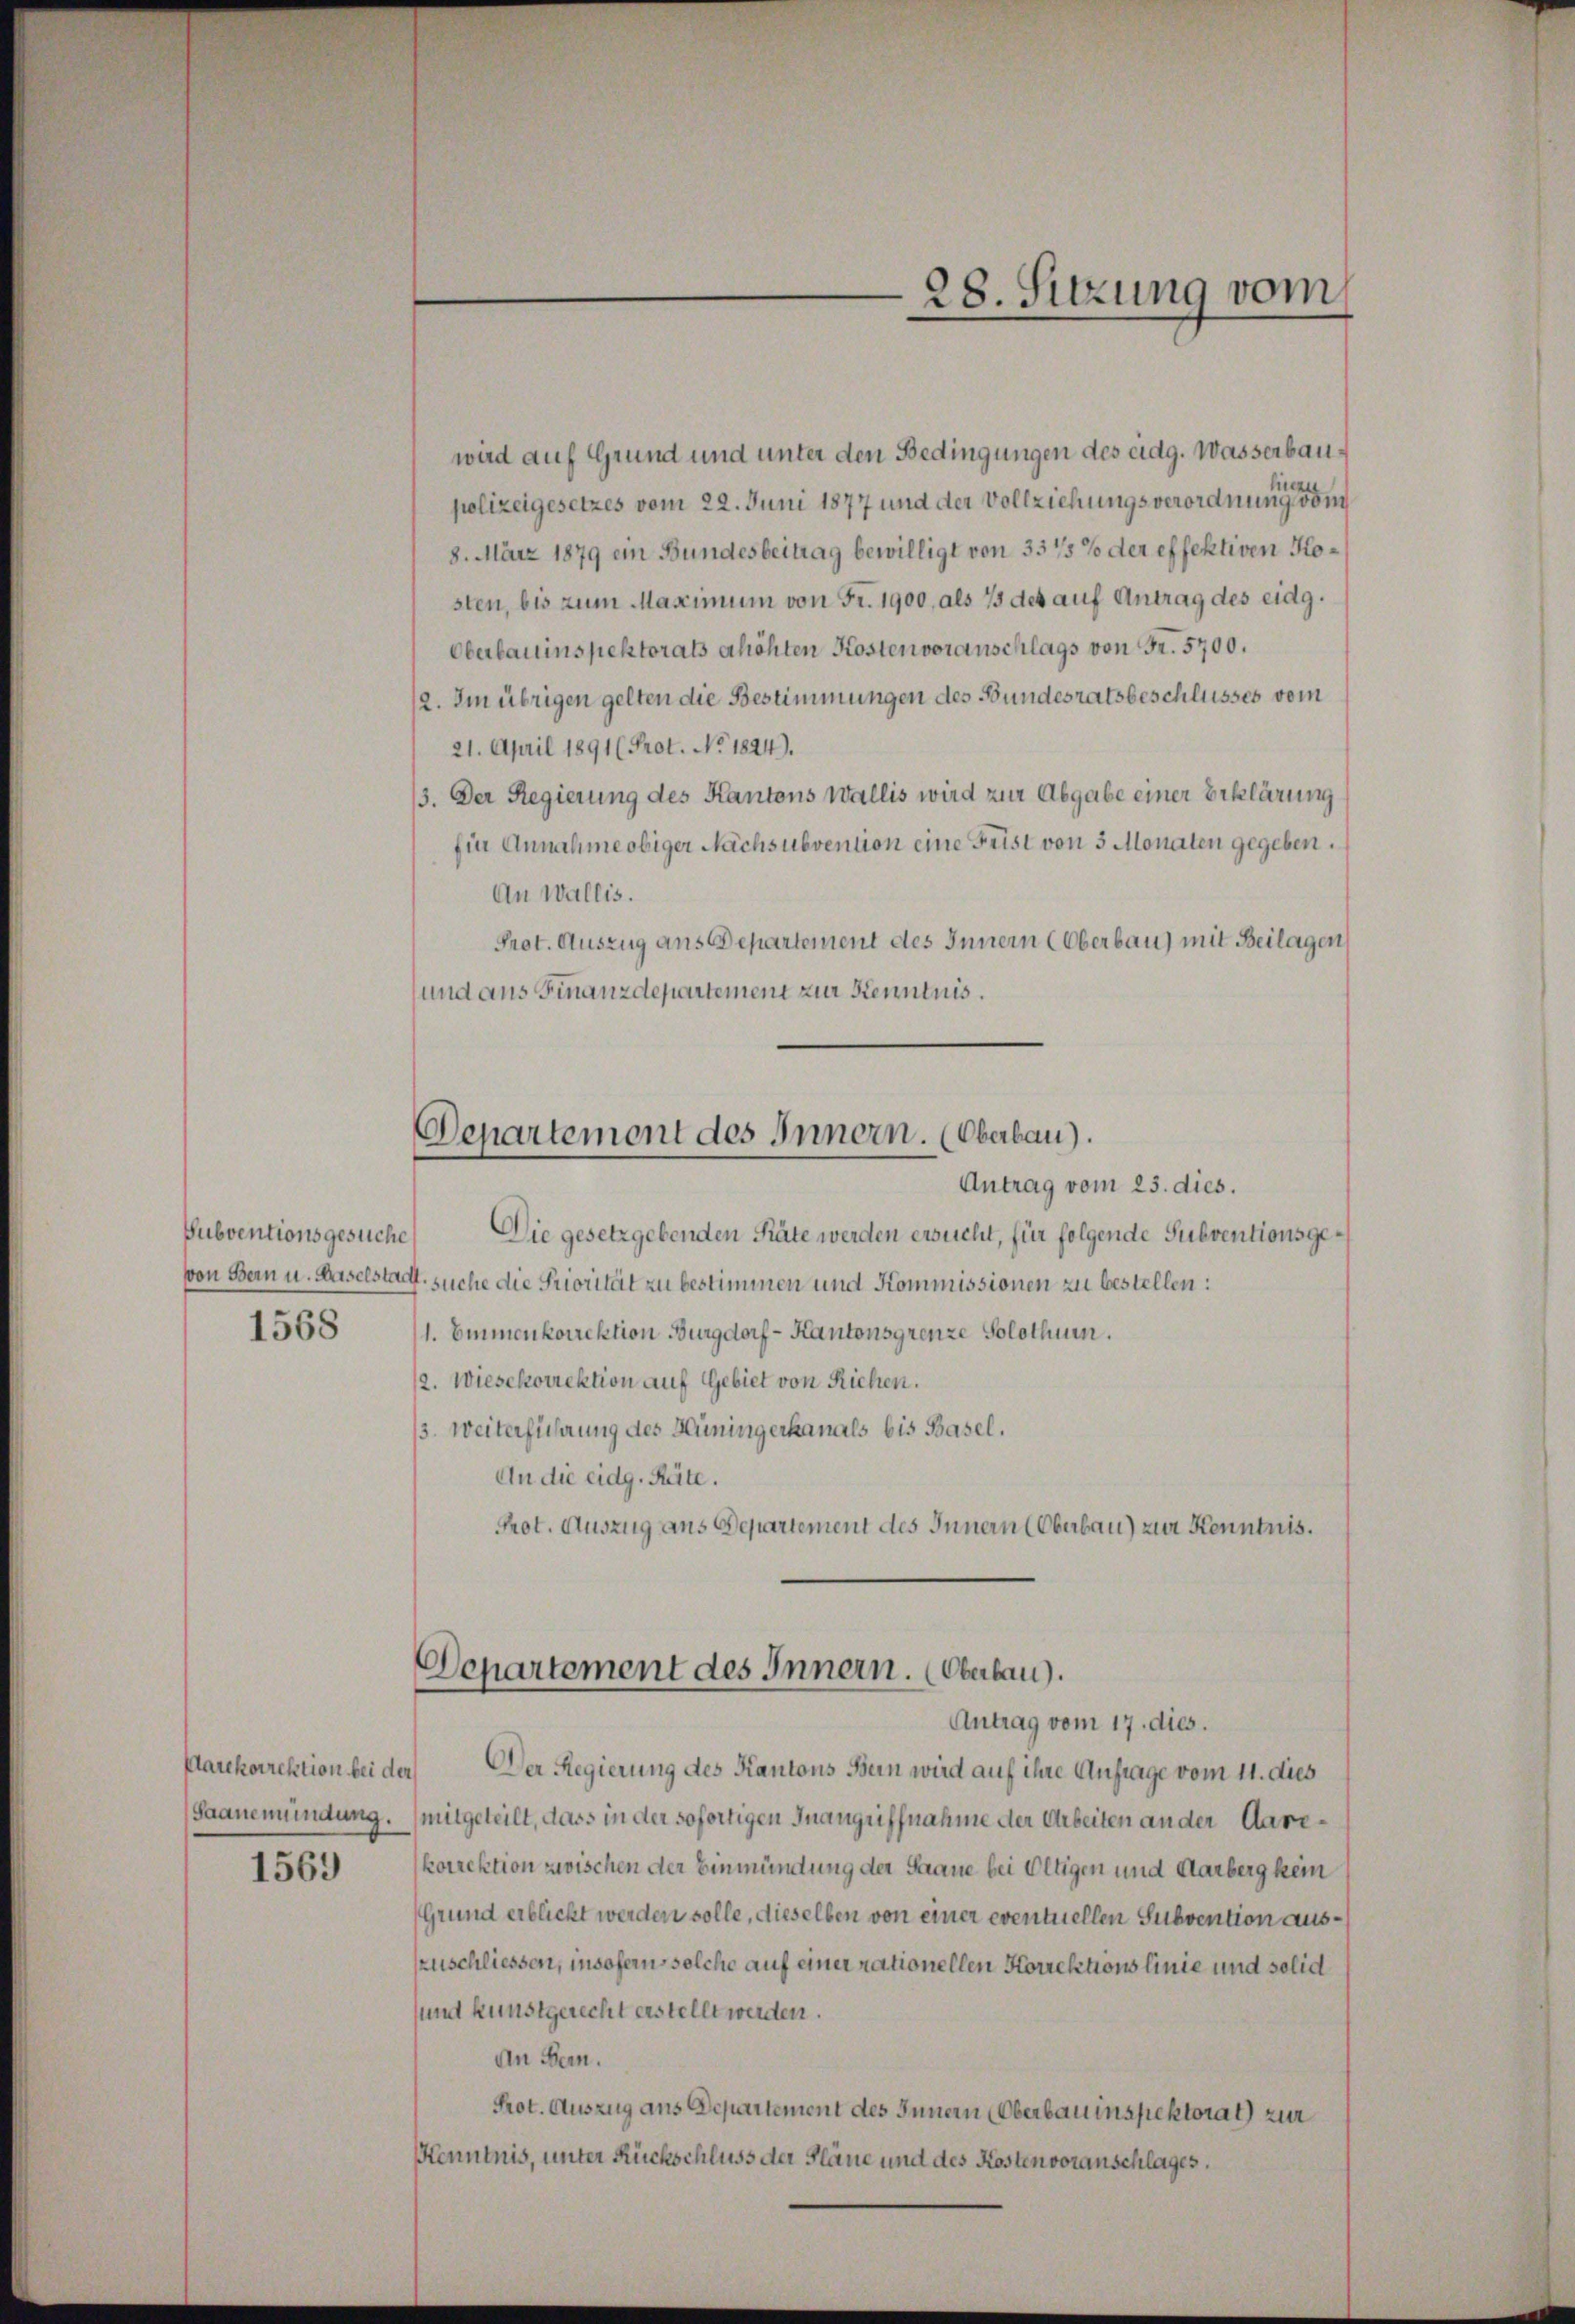
Subventionsgesuche
1568

Plarekorrektion bei der
(Saanemündung.

1569

Departement des Innern. (Oberbau).
Antrag vom 25. dies.

wird auf Grund und unter den Bedingungen des eidg. Wasserbaulis
polizeigesetzes vom 22. Juni 1877 und der Vollziehungsverordnung von
8. März 1879 ein Bundesbeitrag bewilligt von 337/5% der effektiven Kosten, bis zum Maximum von Fr. 1900 als 73 des auf Antrag des eidg.
Oberbauinspektorats erhöhten Kosten voranschlags von Fr. 5700.
2. Im übrigen gelten die Bestimmungen des Bundesratsbeschlüsses vom
21. April 1891 (Prot. No. 1824).
13. Der Regierung des Kantons Wallis wird zur Abgabe einer Erklärung
für Annahme obiger Nachsubvention eine Frist von 3 Monaten gegeben.
An Wallis.
Prot. Auszug aus Departement des Innern (Oberbau) mit Beilagen
und aus Finanzdepartement zur Kenntnis.
Die gesetzgebenden Räte werden ersucht, für folgende Subventionsgevon Bern u. Haselstadt, suche die Priorität zu bestimmen und Kommissionen zu bestellen:
1. Emmenkorrektion Burgdorf - Kantonsgrenze Solothum.
12. Wiesekorrektion auf Gebiet von Riehen.
3. Weiterführung des Hüningerkanals bis Basel.
An die eidg. Räte.
Prot. Auszug aus Departement des Innern (Oberbau) zur Kenntnis.
Departement des Innern. (Oberlau).
Antrag vom 17. dies.
Der Regierung des Kantons Bern wird auf ihre Anfrage vom 11. dies
mitgeteilt, dass in der sofortigen Inangriffnahme der Arbeiten an der Aarekorrektion zwischen der Einmündung der Saane bei Oltigen und Aarberg kein
Grund erblickt werden solle, dieselben von einer eventuellen Subvention auszuschliessen, insoferns solche auf einer rationellen Korrektionslinie und solid
sund kunstgerecht erstellt werden.
An Bern.
Prot. Auszug aus Departement des Innern (Oberbauinspektorat) zur
Kenntnis, unter Rückschluss der Pläne und des Kosten voranschlages,

28. Sitzung vom